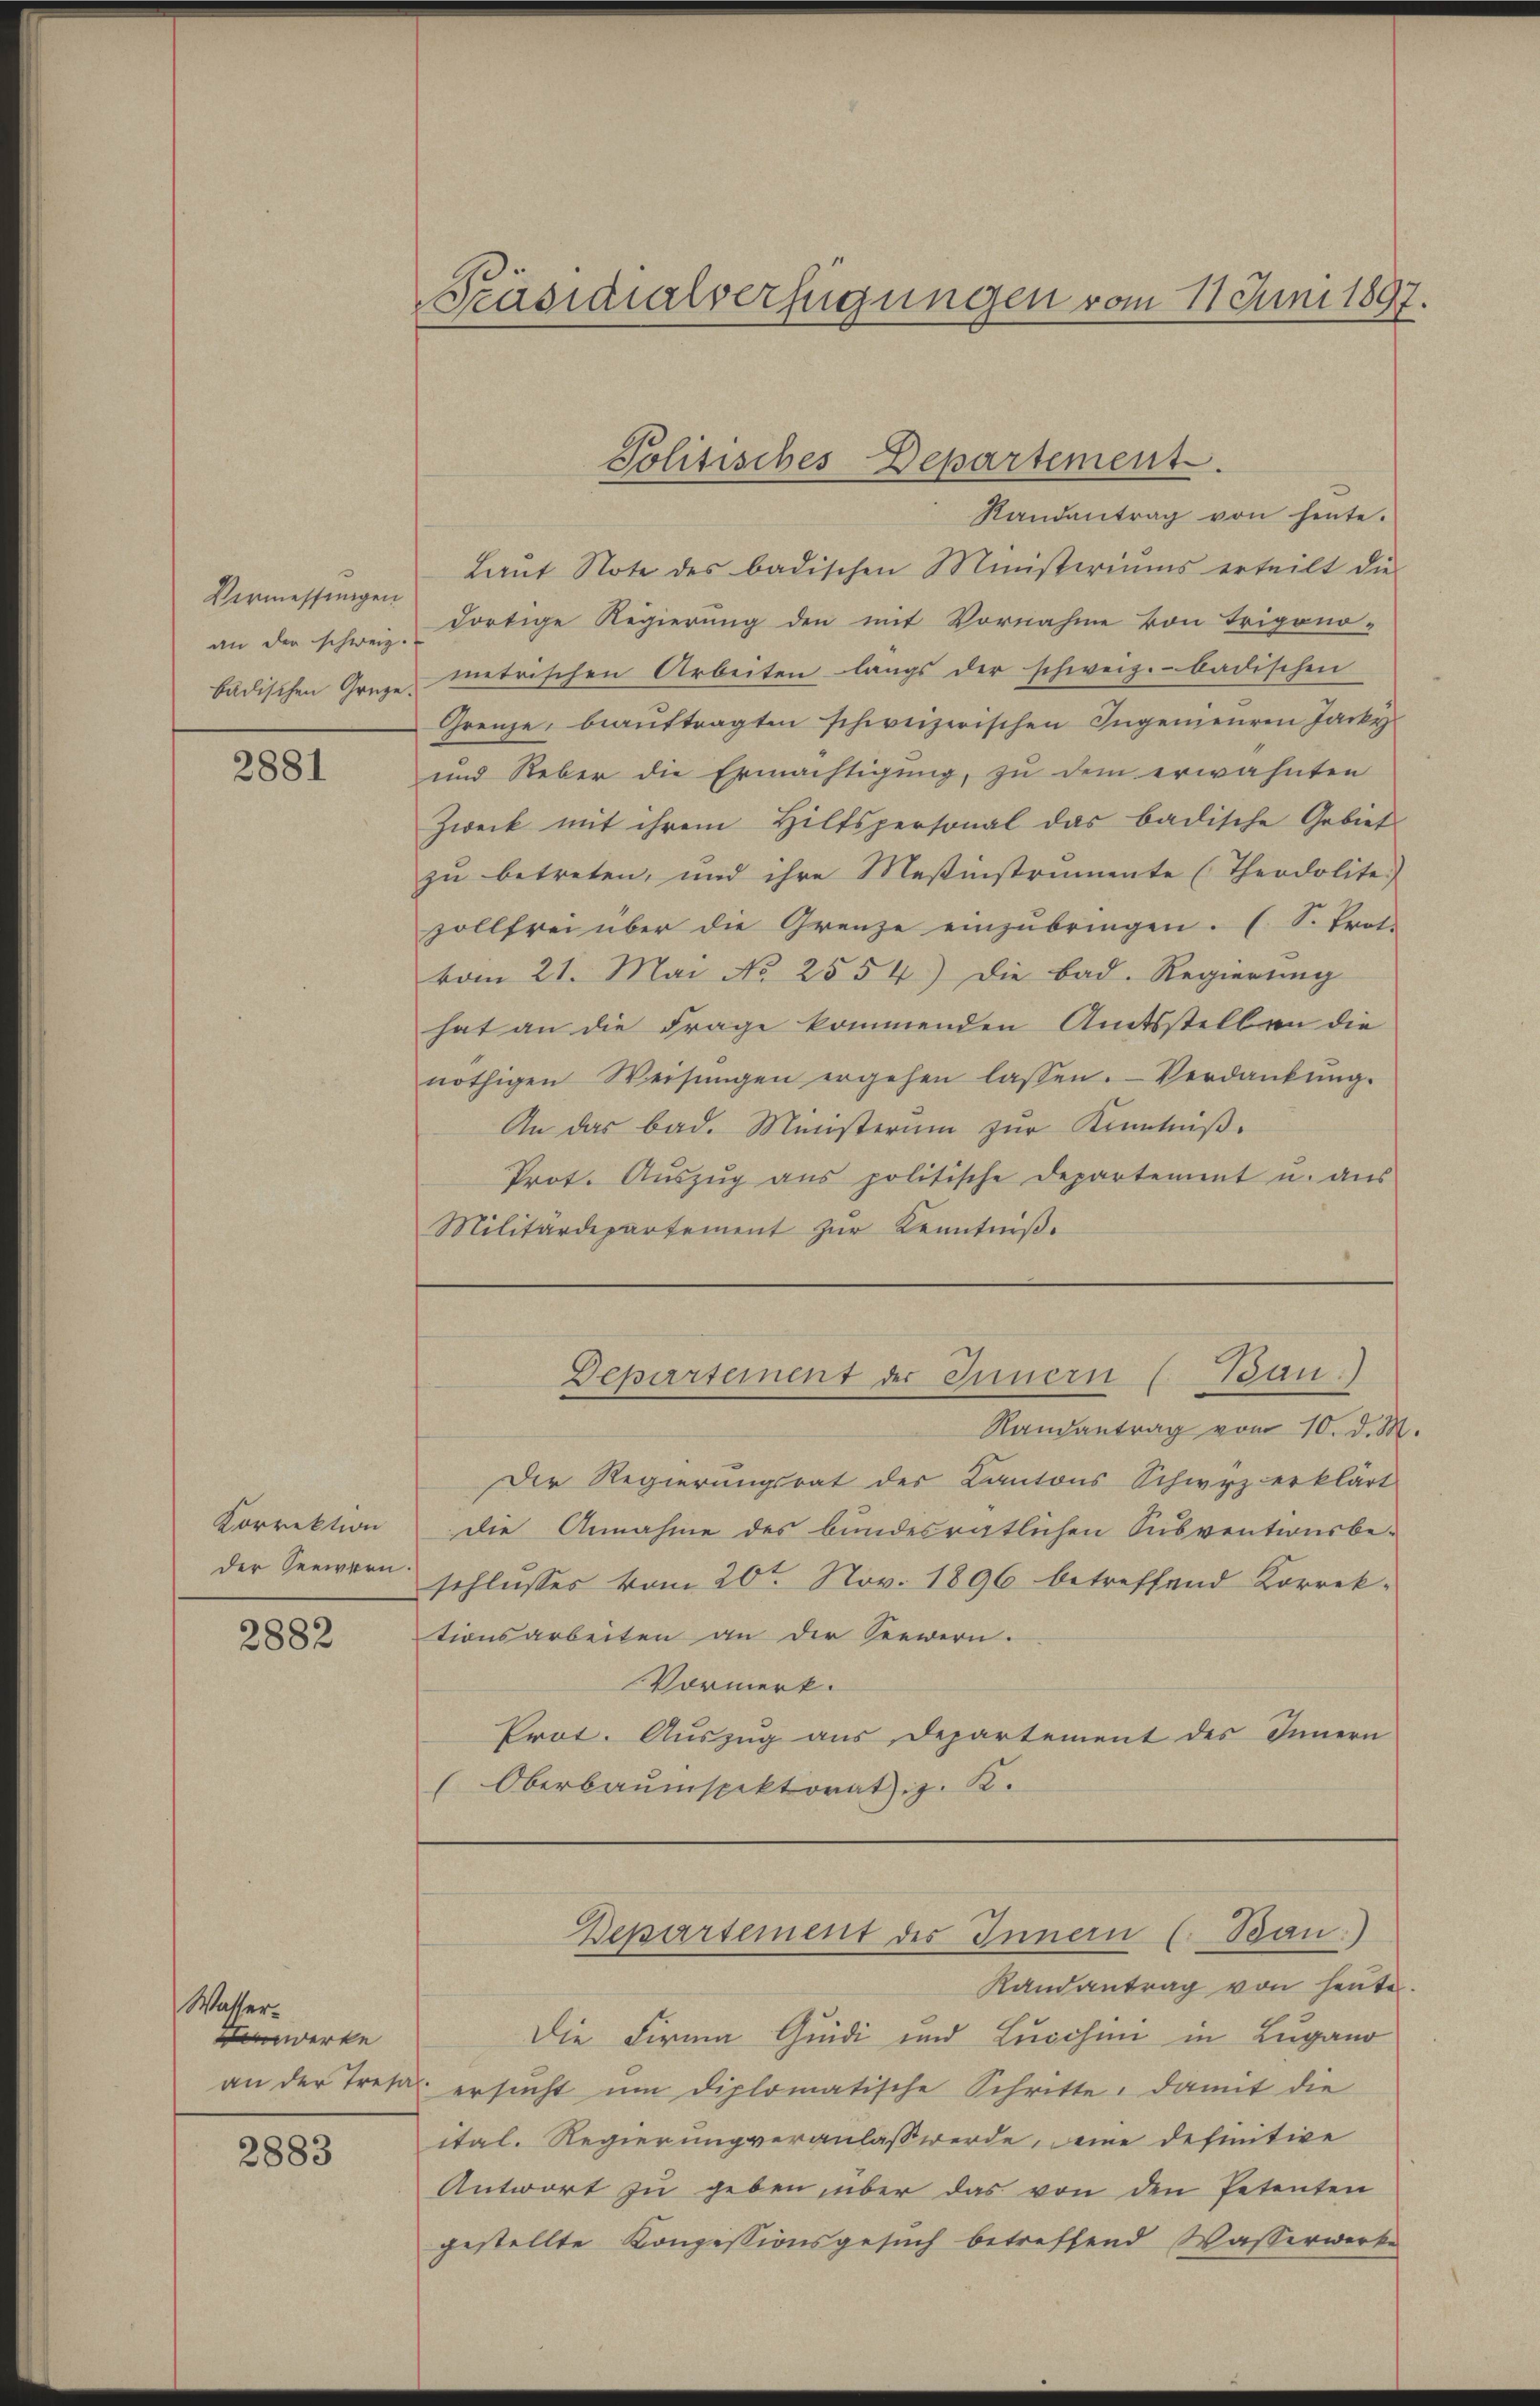
Vermessungen
an der schweiz.

2881

Korrektion
der Seewern.

2882

Randantrag von heute.
Laŭt Note des badischen Ministeriums erteilt die
dortige Regierung den mit Vornahme von Trigono-
badischen Graze metrischen Arbeiten langs der schweiz. badischen
Grenze, beauftragten schweizerischen Ingenieuren Jacke
und Neber die Ermächtigung, zu dem erwähnten
Zweck mit ihrem Hiltspersonal das badische Gebiet
zu betreten, und ihre Mesinstrumente (Theodolite
zollfrei über die Grenze einzubringen. (S. Trat-
vom 21. Mai No 2554) die bad. Regierŭng
hat an die Frage kommenden Amtsstellen die
nöthigen Weisŭngen ergehen lassen. Verdankŭng.
An das bad. Ministerum zur Kenntniß.
Prot. Aŭszŭg ans politische Departement u. aŭs
Militärdepartement zur Kenntniße

Wasser.
werke

2883

Präsidialverfügungen vom 11. Juni 1897.

Politisches Departement

Randantrag vom 10. d. M.
Der Regierungsrat der Kantons Schwyz erklärt
die Annahme des bundesratlichen Subventwurbe-
schlusses vom 20ten Nov. 1896 betreffend Korrektionsarbeiten an der Seewern.
Vormerk.
Prot. Auszug aus Departement des Innern
Oberbaŭmspektorat J. K.
Departement des Innern (Ban:)
Randantrag von heute
Die Firma Grudi und Lucchini in Lugano
an der Tretar ersucht um diplomatische Schritte, damit die
ital. Regierung veranlaß werde, eine definitive
Antwort zu geben, über das von den Petenten
gestellte Konzessionsgesuch betreffend Wasserwerke

Departement der Innern (Bau)